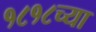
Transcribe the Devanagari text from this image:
१८१८च्या